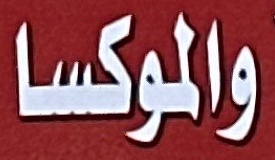
والموكسا